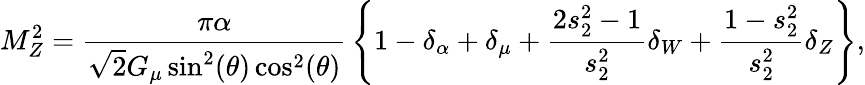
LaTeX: M_{Z}^{2}={\frac{\pi\alpha}{\sqrt{2}G_{\mu}\sin^{2}(\theta)\cos^{2}(\theta)}}\left\{ 1-\delta_{\alpha}+\delta_{\mu}+{\frac{2s_{2}^{2}-1}{s_{2}^{2}}}\delta_{W}+{\frac{1-s_{2}^{2}}{s_{2}^{2}}}\delta_{Z}\right\} ,